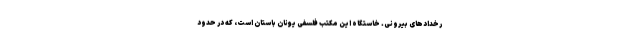
رخدادهای بیرونی. خاستگاه این مکتب فلسفی یونان باستان است، که در حدود